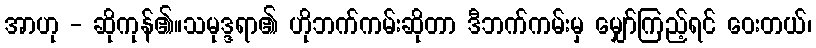
အာဟု - ဆိုကုန်၏။သမုဒ္ဒရာ၏ ဟိုဘက်ကမ်းဆိုတာ ဒီဘက်ကမ်းမှ မျှော်ကြည့်ရင် ဝေးတယ်၊